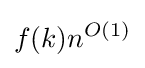
f(k)n^{O(1)}